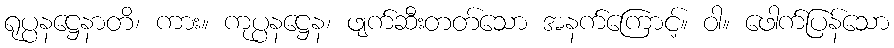
ရုပ္ပနဋ္ဌေနာတိ၊ ကား။ ကုပ္ပနဋ္ဌေန၊ ဖျက်ဆီးတတ်သော အနက်ကြောင့်။ ဝါ။ ဖေါက်ပြန်သော